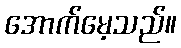
အောက်မေ့သည်။